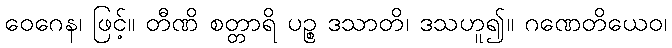
ဝေဂေန၊ ဖြင့်။ တီဏိ စတ္တာရိ ပဉ္စ ဒသာတိ၊ ဒသဟူ၍။ ဂဏေတိယေဝ၊